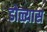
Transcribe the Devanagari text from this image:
डोळ्यास